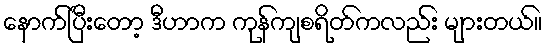
နောက်ပြီးတော့ ဒီဟာက ကုန်ကျစရိတ်ကလည်း များတယ်။